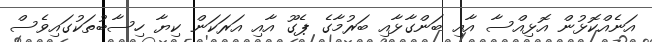
އަނެއްކޮޅުން އޮޅިއްސާ އާއި ބަންގާޅާއި ބަރުމާގެ ޕެގޫ އާއި އަރަކަން ކިޔާ ހިސާބުތަކުގައިވެސް